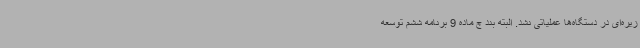
زیره‌ای در دستگاه‌ها عملیاتی نشد. البته بند چ ماده 9 برنامه ششم توسعه